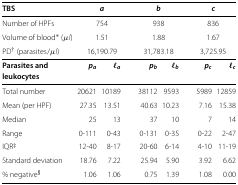
<table><thead><tr><td><b>TBS</b></td><td colspan="2"><b><i>a</i></b></td><td colspan="2"><b><i>b</i></b></td><td colspan="2"><b><i>c</i></b></td></tr></thead><tbody><tr><td>Number of HPFs</td><td colspan="2">754</td><td colspan="2">938</td><td colspan="2">836</td></tr><tr><td>Volume of blood<sup><b><i>∗</i></b></sup> (<i>μ</i><b><i>l</i></b>)</td><td colspan="2">1.51</td><td colspan="2">1.88</td><td colspan="2">1.67</td></tr><tr><td>PD <sup><b><i>‡</i></b></sup><b> (parasites/</b><b><i>μ</i></b><b><i>l</i></b>)</td><td colspan="2">16,190.79</td><td colspan="2">31,783.18</td><td colspan="2">3,725.95</td></tr><tr><td><b>Parasites and</b></td><td><b><i>p</i></b><sub><b><i>a</i></b></sub></td><td><b><i>l</i></b><sub><b><i>a</i></b></sub></td><td><b><i>p</i></b><sub><b><i>b</i></b></sub></td><td><b><i>l</i></b><sub><b><i>b</i></b></sub></td><td><b><i>p</i></b><sub><b><i>c</i></b></sub></td><td><b><i>l</i></b><sub><b><i>c</i></b></sub></td></tr><tr><td><b>leukocytes</b></td><td> </td><td> </td><td> </td><td> </td><td> </td><td> </td></tr><tr><td>Total number</td><td>20621</td><td>10189</td><td>38112</td><td>9593</td><td>5989</td><td>12859</td></tr><tr><td>Mean (per HPF)</td><td>27.35</td><td>13.51</td><td>40.63</td><td>10.23</td><td>7.16</td><td>15.38</td></tr><tr><td>Median</td><td>25</td><td>13</td><td>37</td><td>10</td><td>7</td><td>14</td></tr><tr><td>Range</td><td>0-111</td><td>0-43</td><td>0-131</td><td>0-35</td><td>0-22</td><td>2-47</td></tr><tr><td>IQR <sup><b><i>†</i></b></sup></td><td>12-40</td><td>8-17</td><td>20-60</td><td>6-14</td><td>4-10</td><td>11-19</td></tr><tr><td>Standard deviation</td><td>18.76</td><td>7.22</td><td>25.94</td><td>5.90</td><td>3.92</td><td>6.62</td></tr><tr><td>% negative <sup><b><i>§</i></b></sup></td><td>1.06</td><td>1.06</td><td>0.75</td><td>1.39</td><td>1.08</td><td>0.00</td></tr></tbody></table>